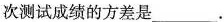
次测试成绩的方差是___。